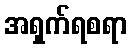
အရှက်ရစရာ